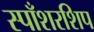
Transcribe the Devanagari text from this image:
स्पाँशरशिप